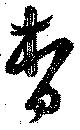
杳